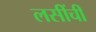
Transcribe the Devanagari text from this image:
लसींची